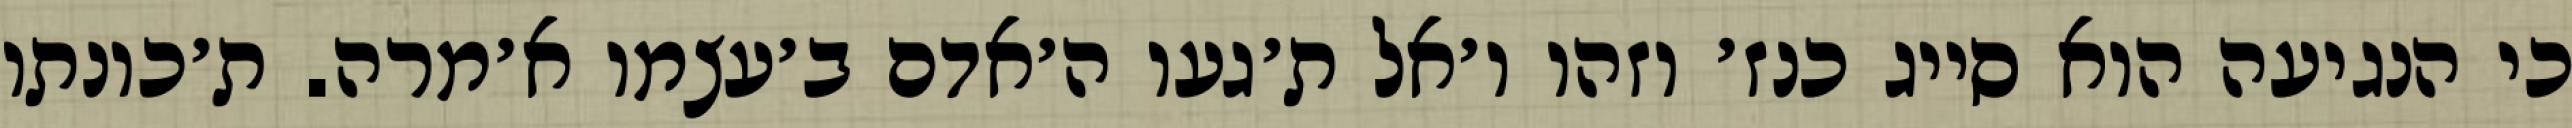
כי הנגיעה הוא סייג כנז׳ וזהו ו׳אל ת׳געו ה׳אדם ב׳עצמו א׳מרה. ת׳כונתו